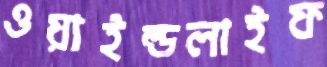
ওয়াইল্ডলাইফ